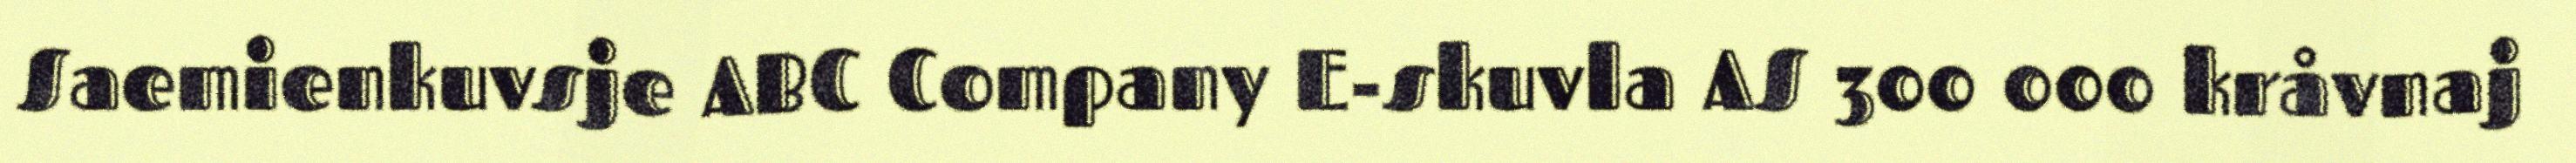
Saemienkuvsje ABC Company E-skuvla AS 300 000 kråvnaj